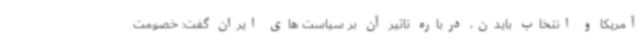
آمریکا و انتخاب بایدن، درباره تاثیر آن بر سیاست های ایران گفت: خصومت